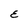
Character: E